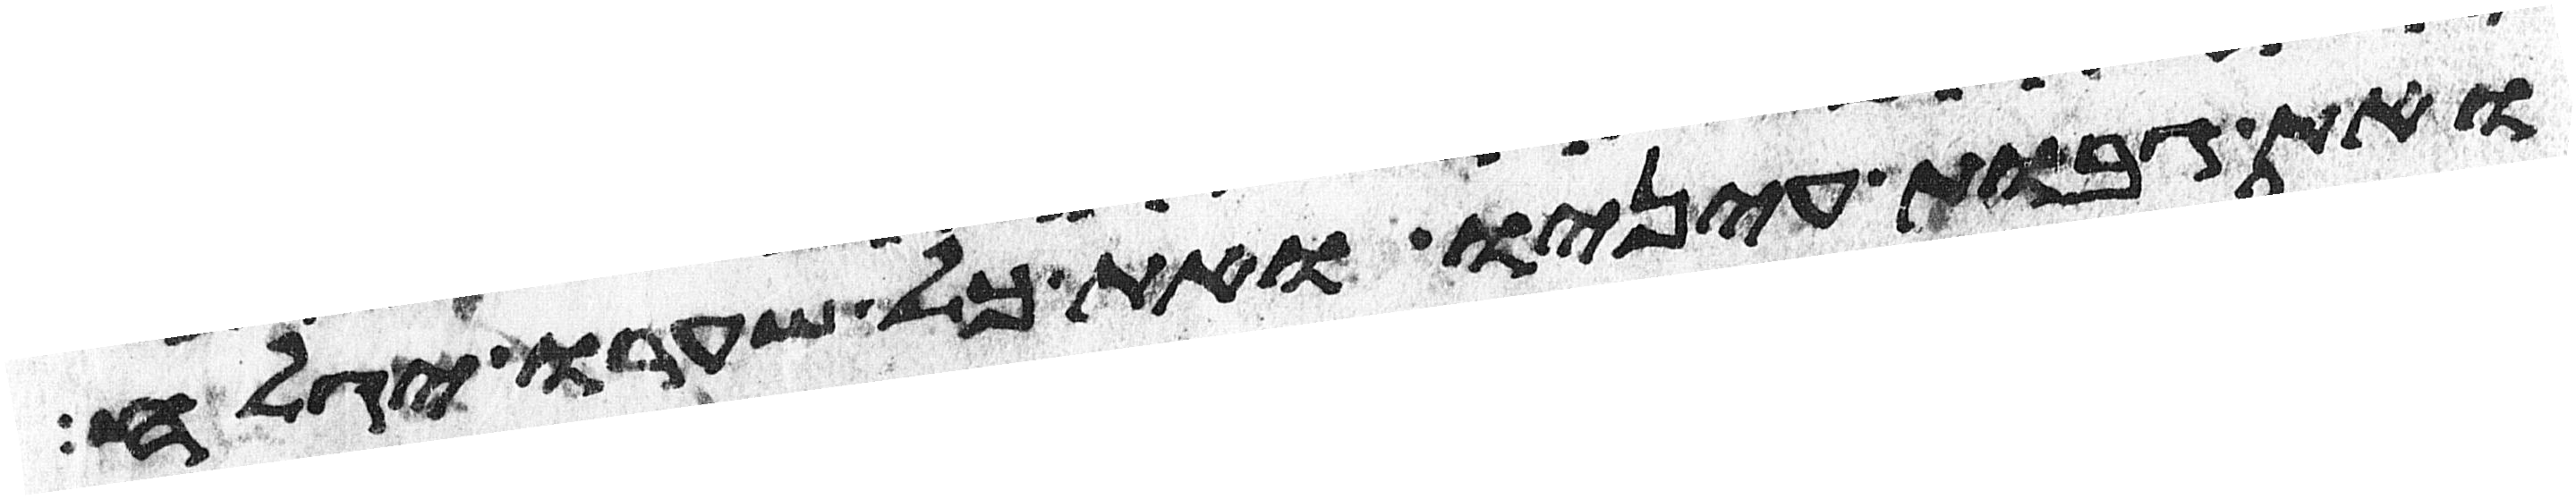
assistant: ואת גבות עיניו ואת כל שערו יגלח